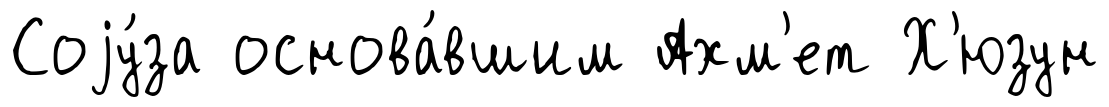
Соjу́за основа́вшим Ахм'ет Х'юзун